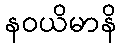
နဝယိမာနိ